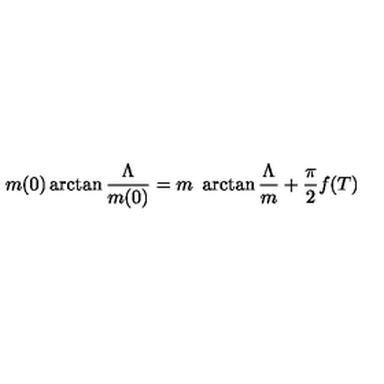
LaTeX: m ( 0 ) \arctan \frac { \Lambda } { m ( 0 ) } = m \ \arctan \frac { \Lambda } { m } + \frac { \pi } { 2 } f ( T )